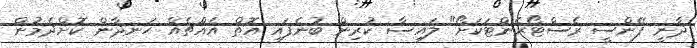
ދާނީ ފޭންސީ ރެސްޓޯރެންޓަކަށޯ" ލައިސާ ކުރިން ބުނެފައި އޮތް އެއްޗެއް ހަނދާން ކޮށްދެމުން